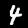
Digit: 4